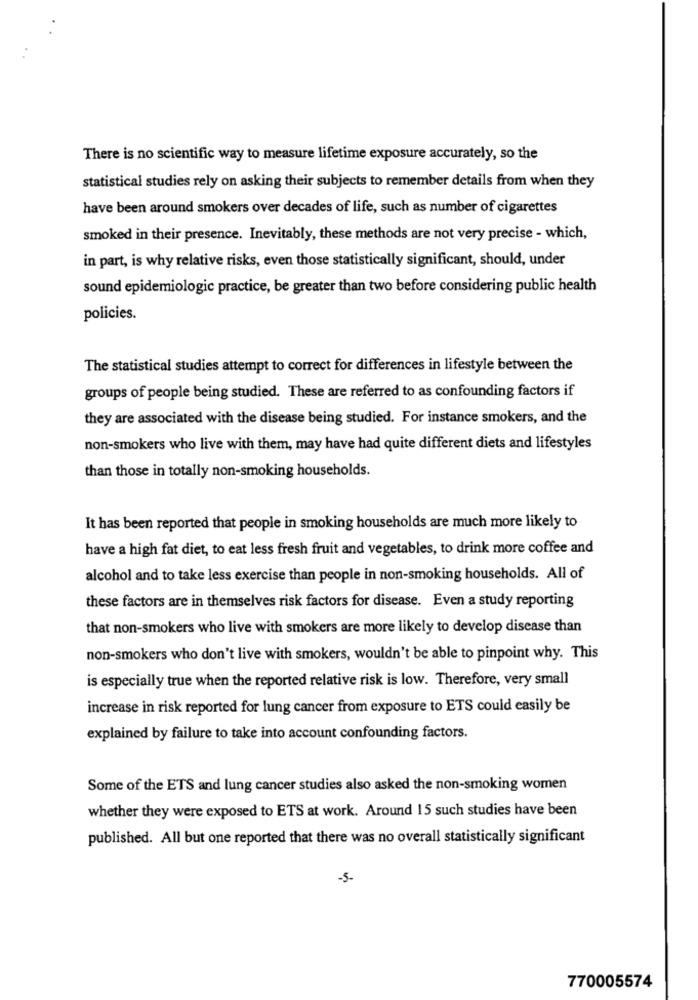
There is no scientific way to measure lifetime exposure accurately, so the
statistical studies rely on asking their subjects to remember details from when they
have been around smokers over decades of life, such as number of cigarettes
smoked in their presence. Inevitably, these methods are not very precise - which,
in part, is why relative risks, even those statistically significant, should, under
sound epidemiologic practice, be greater than two before considering public health
policies.
The statistical studies attempt to correct for differences in lifestyle between the
groups of people being studied. These are referred to as confounding factors if
they are associated with the disease being studied. For instance smokers, and the
non-smokers who live with them, may have had quite different diets and lifestyles
than those in totally non-smoking households.
It has been reported that people in smoking households are much more likely to
have a high fat diet, to eat less fresh fruit and vegetables, to drink more coffee and
alcohol and to take less exercise than people in non-smoking households. All of
these factors are in themselves risk factors for disease. Even a study reporting
that non-smokers who live with smokers are more likely to develop disease than
non-smokers who don't live with smokers, wouldn't be able to pinpoint why. This
is especially true when the reported relative risk is low. Therefore, very small
increase in risk reported for lung cancer from exposure to ETS could easily be
explained by failure to take into account confounding factors.
Some of the ETS and lung cancer studies also asked the non-smoking women
whether they were exposed to ETS at work. Around 15 such studies have been
published. All but one reported that there was no overall statistically significant
-5-
770005574